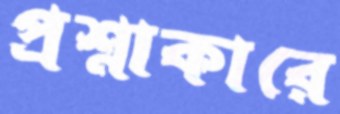
প্রশ্নাকারে